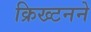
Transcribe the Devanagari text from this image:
क्रिख्टनने